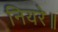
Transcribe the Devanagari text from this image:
नियरे॥